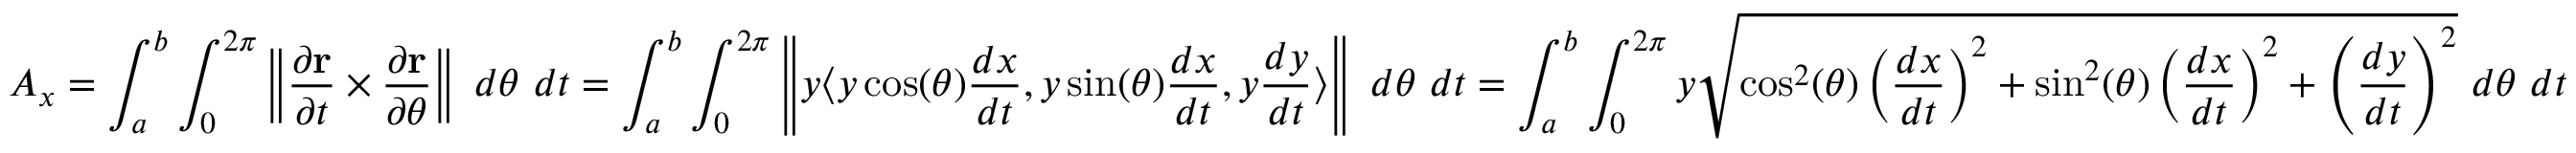
A _ { x } = \int _ { a } ^ { b } \int _ { 0 } ^ { 2 \pi } \left\| { \frac { \partial \mathbf { r } } { \partial t } } \times { \frac { \partial \mathbf { r } } { \partial \theta } } \right\| \ d \theta \ d t = \int _ { a } ^ { b } \int _ { 0 } ^ { 2 \pi } \left\| y \langle y \cos ( \theta ) { \frac { d x } { d t } } , y \sin ( \theta ) { \frac { d x } { d t } } , y { \frac { d y } { d t } } \rangle \right\| \ d \theta \ d t = \int _ { a } ^ { b } \int _ { 0 } ^ { 2 \pi } y { \sqrt { \cos ^ { 2 } ( \theta ) \left( { \frac { d x } { d t } } \right) ^ { 2 } + \sin ^ { 2 } ( \theta ) \left( { \frac { d x } { d t } } \right) ^ { 2 } + \left( { \frac { d y } { d t } } \right) ^ { 2 } } } \ d \theta \ d t